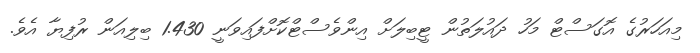
މިއަހަރުގެ އޮގަސްޓް މަހު ދައުލަތުން ޓީބިލަށް އިންވެސްޓްކޮށްފައިވަނީ 1.430 ބިލިއަން ރުފިޔާ އެވެ.